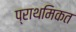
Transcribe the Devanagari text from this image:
प्राथमिकत